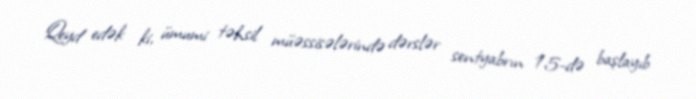
Qeyd edək ki, ümumi təhsil müəssisələrində dərslər sentyabrın 15-də başlayıb